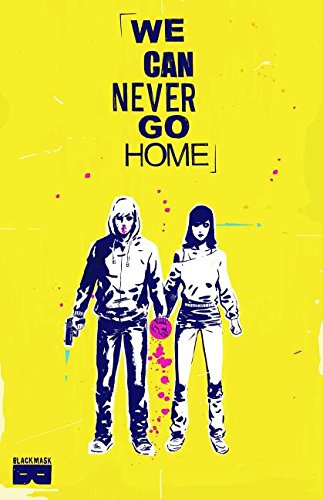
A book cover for We Can Never Go Home; Matthew Rosenberg; Comics & Graphic Novels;